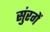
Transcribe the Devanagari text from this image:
सुंरगें